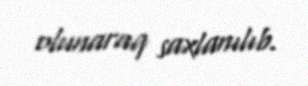
olunaraq saxlanılıb.